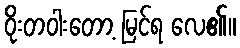
ဝိုးတဝါးတော့ မြင်ရ လေ၏။